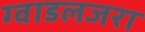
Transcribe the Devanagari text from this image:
ग्वाडलजरा